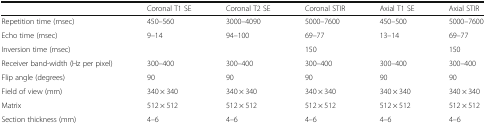
<table><thead><tr><td></td><td><b>Coronal T1 SE</b></td><td><b>Coronal T2 SE</b></td><td><b>Coronal STIR</b></td><td><b>Axial T1 SE</b></td><td><b>Axial STIR</b></td></tr></thead><tbody><tr><td>Repetition time (msec)</td><td>450–560</td><td>3000–4090</td><td>5000–7600</td><td>450–500</td><td>5000–7600</td></tr><tr><td>Echo time (msec)</td><td>9–14</td><td>94–100</td><td>69–77</td><td>13–14</td><td>69–77</td></tr><tr><td>Inversion time (msec)</td><td></td><td></td><td>150</td><td></td><td>150</td></tr><tr><td>Receiver band-width (Hz per pixel)</td><td>300–400</td><td>300–400</td><td>300–400</td><td>300–400</td><td>300–400</td></tr><tr><td>Flip angle (degrees)</td><td>90</td><td>90</td><td>90</td><td>90</td><td>90</td></tr><tr><td>Field of view (mm)</td><td>340 × 340</td><td>340 × 340</td><td>340 × 340</td><td>340 × 340</td><td>340 × 340</td></tr><tr><td>Matrix</td><td>512 × 512</td><td>512 × 512</td><td>512 × 512</td><td>512 × 512</td><td>512 × 512</td></tr><tr><td>Section thickness (mm)</td><td>4–6</td><td>4–6</td><td>4–6</td><td>4–6</td><td>4–6</td></tr></tbody></table>